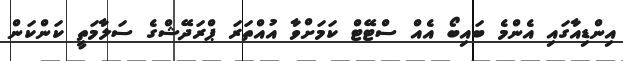
އިންޑިއާގައި އެންމެ ބައިބޯ އެއް ސްޓޭޓް ކަމަށްވާ އުއްތަރަ ޕްރަދޭޝްގެ ސަލާމަތީ ކަންކަން